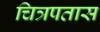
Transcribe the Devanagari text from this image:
चित्रपतास